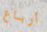
أرباع